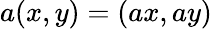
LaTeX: a(x,y)=(ax,ay)